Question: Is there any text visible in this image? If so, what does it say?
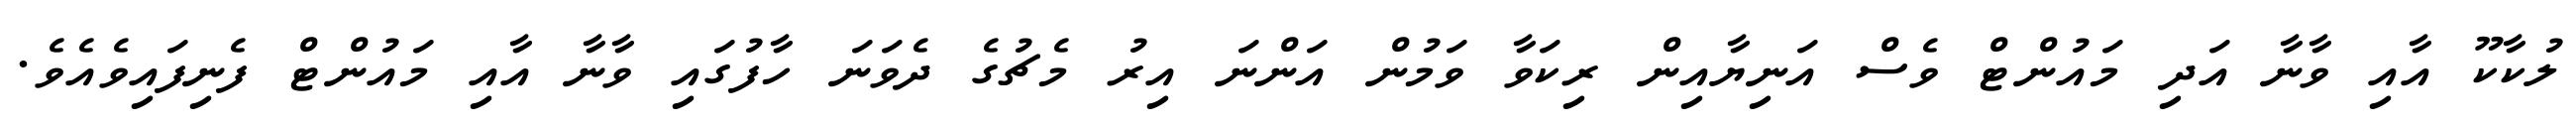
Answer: ލުކާކޫ އާއި ވާނާ އަދި މައުންޓް ވެސް އަނިޔާއިން ރިކަވާ ވަމުން އަންނަ އިރު މެޗުގެ ދެވަނަ ހާފުގައި ވާނާ އާއި މައުންޓް ފެނިފައިވެއެވެ.